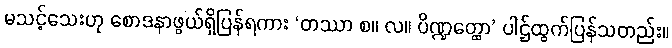
မသင့်သေးဟု စောဒနာဖွယ်ရှိပြန်ရကား ‘တဿာ စ။ လ။ ပိဏ္ဍတ္ထော’ ပါဌ်ထွက်ပြန်သတည်း။